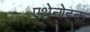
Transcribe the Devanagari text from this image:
एथेनोइक